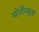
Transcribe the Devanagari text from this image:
बोर्तेरबुख